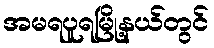
အမရပူရမြို့နယ်တွင်